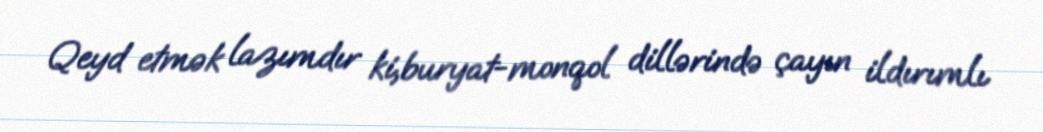
Qeyd etmək lazımdır ki,buryat-monqol dillərində çayın ildırımlı